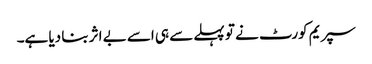
سپریم کورٹ نے تو پہلے سے ہی اسے بے اثر بنا دیا ہے۔